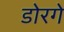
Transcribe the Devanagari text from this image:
डोरगे